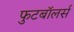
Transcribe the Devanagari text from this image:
फुटबॉलर्स